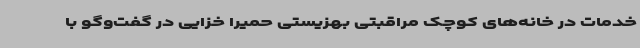
خدمات در خانه‌های کوچک مراقبتی بهزیستی حمیرا خزایی در گفت‌وگو با